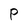
Character: P